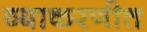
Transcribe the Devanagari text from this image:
व्याकरणीत